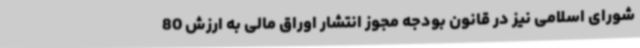
شورای اسلامی نیز در قانون بودجه مجوز انتشار اوراق مالی به ارزش 80